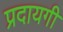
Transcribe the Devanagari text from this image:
प्रदायगी